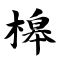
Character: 槔